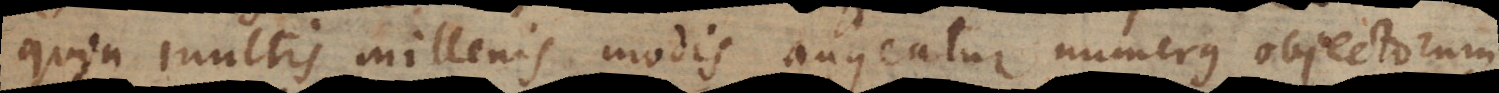
quin multis millenis modis augeatur numerus objectorum